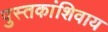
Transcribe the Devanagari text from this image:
पुस्तकांशिवाय